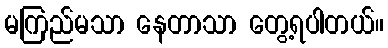
မကြည်မသာ နေတာသာ တွေ့ရပါတယ်။